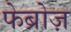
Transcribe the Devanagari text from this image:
फेब्रोज़